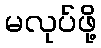
မလုပ်ဖို့